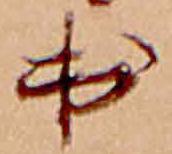
出